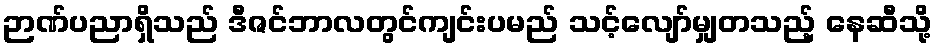
ဉာဏ်ပညာရှိသည် ဒီဇင်ဘာလတွင်ကျင်းပမည် သင့်လျော်မျှတသည့် နေဆီသို့